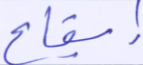
إيقاع